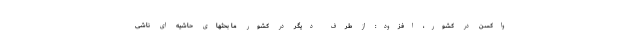
واکسن در کشور، افزود: از طرف دیگر در کشور ما بحثهای حاشیه ای ناشی